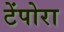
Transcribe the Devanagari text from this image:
टेंपोरा